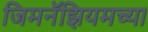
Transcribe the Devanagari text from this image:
जिमनॅझियमच्या